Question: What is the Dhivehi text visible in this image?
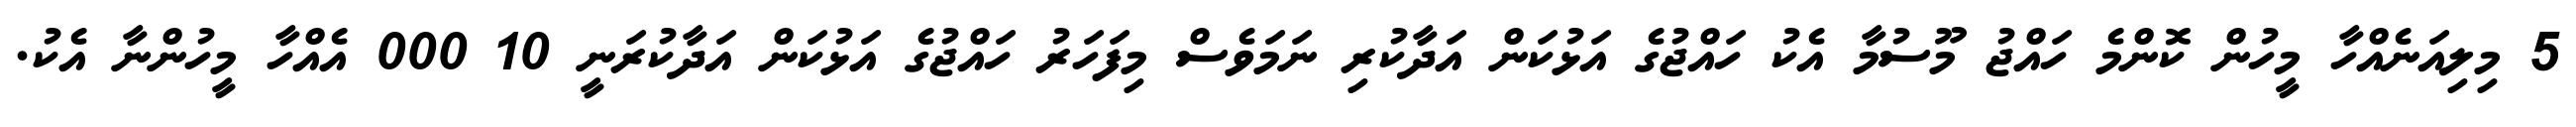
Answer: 5 މިލިއަނެއްހާ މީހުން ކޮންމެ ހައްޖު މޫސުމާ އެކު ހައްޖުގެ އަޅުކަން އަދާކުރި ނަމަވެސް މިފަހަރު ހައްޖުގެ އަޅުކަން އަދާކުރަނީ 10 000 އެއްހާ މީހުންނާ އެކު.